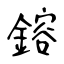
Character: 鎔